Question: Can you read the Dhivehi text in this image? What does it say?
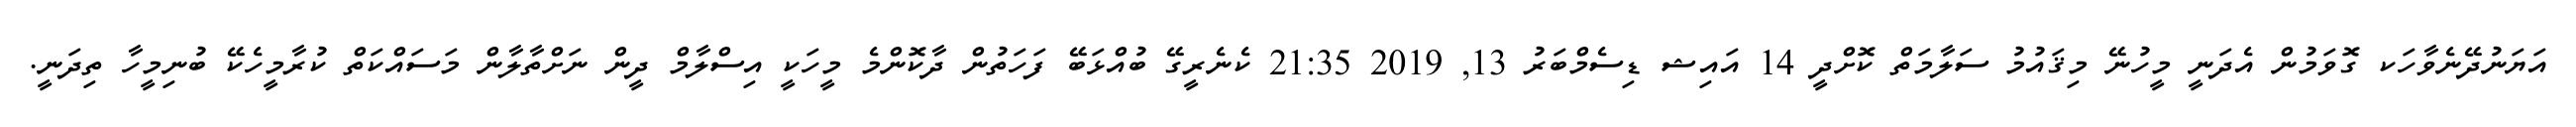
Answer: އަޔަނުދޭނެވާހަކ ގޮވަމުން އެދަނީ މީހުނޭ މިޤައުމު ސަލާމަތް ކޮށްދީ 14 އައިޝ ޑިސެމްބަރު 13, 2019 21:35 ކެނެރީގޭ ބުއްޅަބޭ ފަހަތުން ދާކޮންމެ މީހަކީ އިސްލާމް ދީން ނަށްތާލާން މަސައްކަތް ކުރާމީހެކޭ ބުނިމީހާ ތިދަނީ.